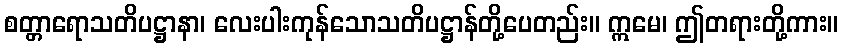
စတ္တာရောသတိပဋ္ဌာနာ၊ လေးပါးကုန်သောသတိပဋ္ဌာန်တို့ပေတည်း။ ဣမေ၊ ဤတရားတို့ကား။